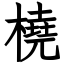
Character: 橈